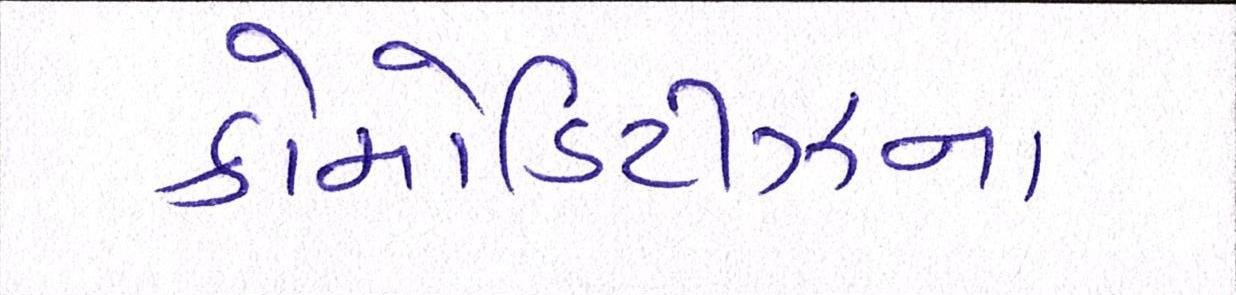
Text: કોમોડિટીઝના